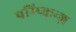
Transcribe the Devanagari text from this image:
पम्प्किन्ज़